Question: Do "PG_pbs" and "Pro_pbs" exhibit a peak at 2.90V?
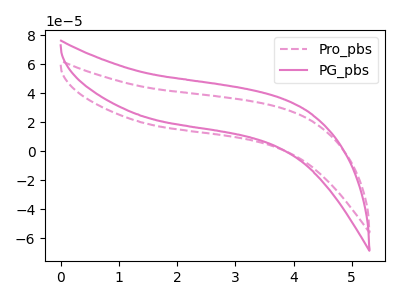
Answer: <think>The pink dashed curve "Pro_pbs" has no peaks. The pink curve "PG_pbs" has no peaks.</think>
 <answer>No, "PG_pbs" and "Pro_pbs" dont share a peak at 2.90V.</answer>
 <eval>mismatch</eval>